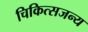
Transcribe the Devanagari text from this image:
चिकित्सजन्य